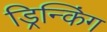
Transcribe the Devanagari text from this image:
ड्रिन्किंग